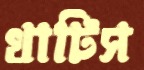
খাটিস